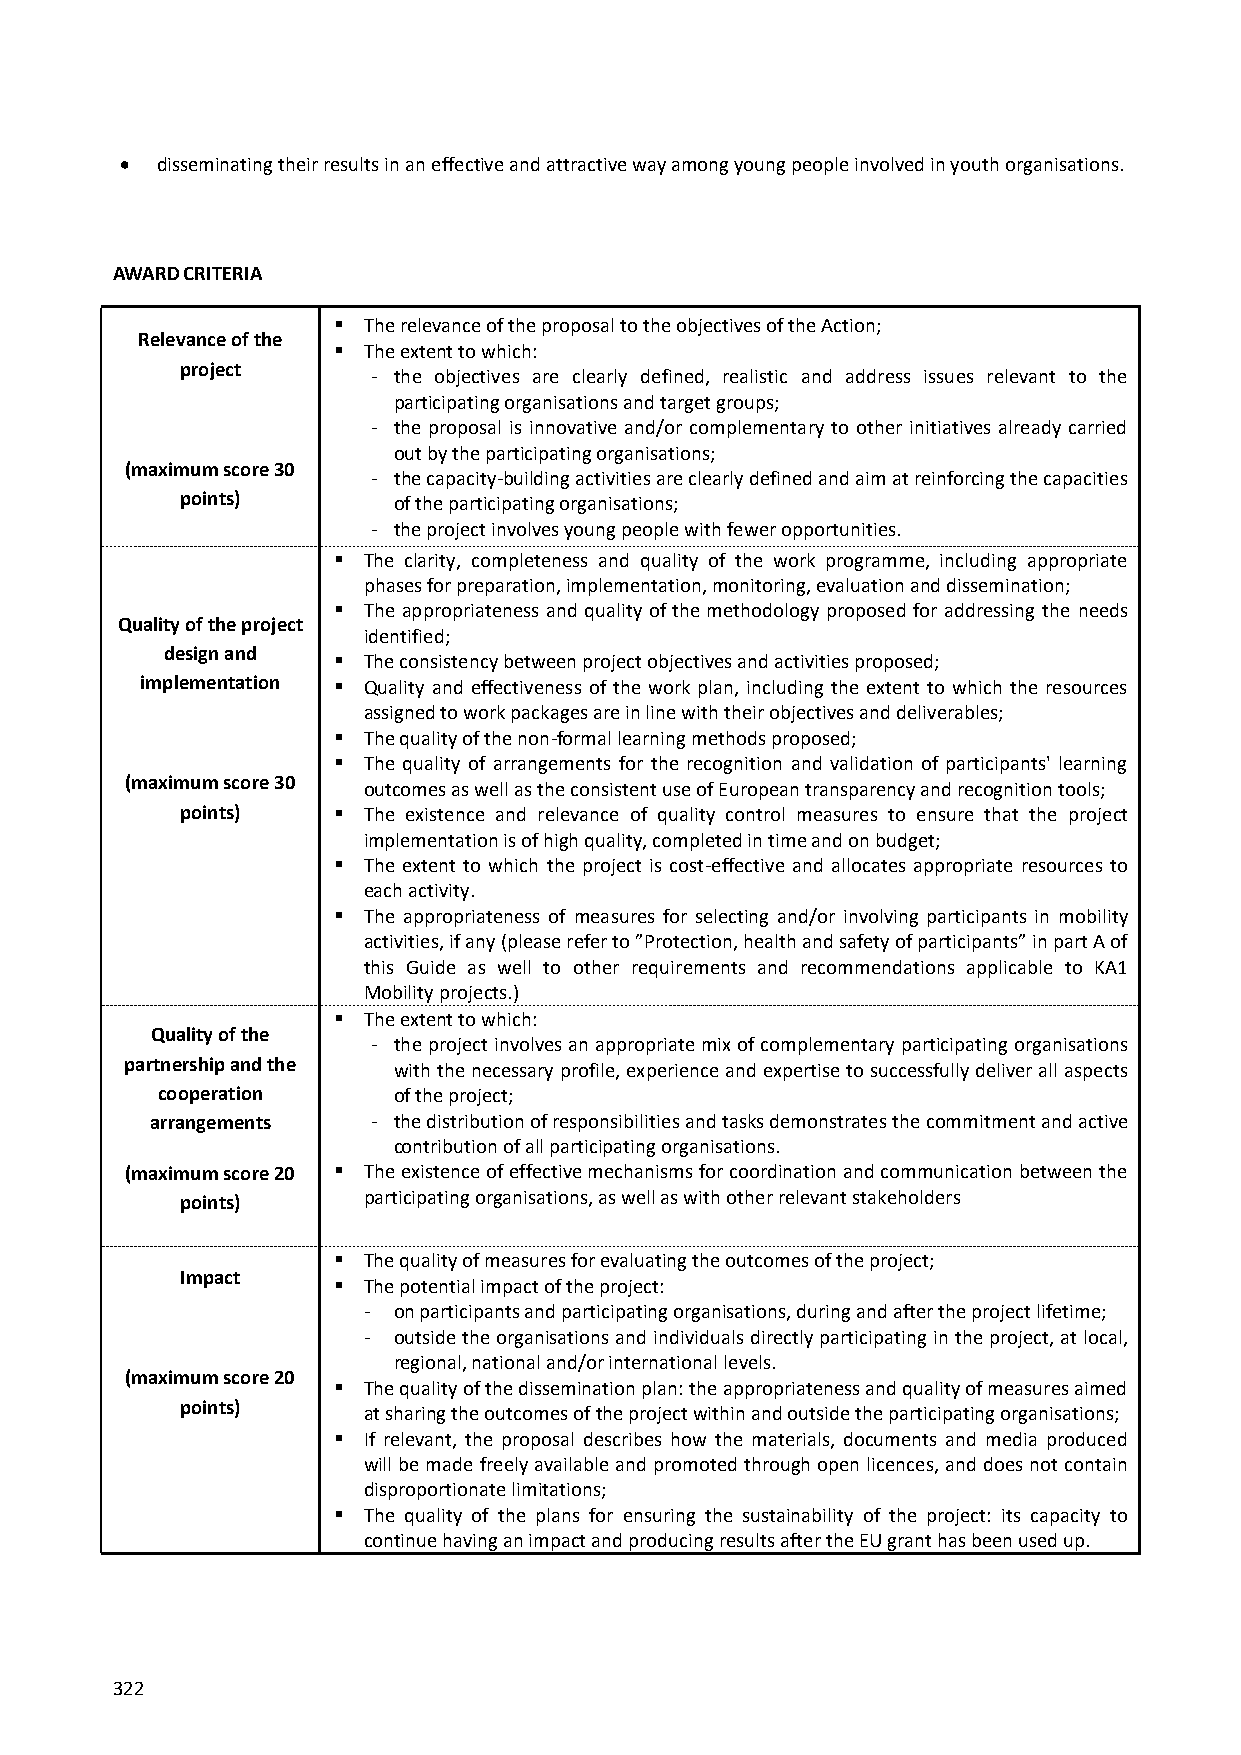
 disseminating their results in an effective and attractive way among young people involved in youth organisations.
 AWARD CRITERIA
  The relevance of the proposal to the objectives of the Action;
 Relevance of the
  The extent to which:
 project
 - the objectives are clearly defined, realistic and address issues relevant to the
 participating organisations and target groups;
 - the proposal is innovative and/or complementary to other initiatives already carried
 out by the participating organisations;
 (maximum score 30
 - the capacity-building activities are clearly defined and aim at reinforcing the capacities
 points)       of the participating organisations;
 - the project involves young people with fewer opportunities.
  The clarity, completeness and quality of the work programme, including appropriate
 phases for preparation, implementation, monitoring, evaluation and dissemination;
  The appropriateness and quality of the methodology proposed for addressing the needs
 Quality of the project
 identified;
 design and
  The consistency between project objectives and activities proposed;
 implementation  Quality and effectiveness of the work plan, including the extent to which the resources
 assigned to work packages are in line with their objectives and deliverables;
  The quality of the non-formal learning methods proposed;
  The quality of arrangements for the recognition and validation of participants' learning
 (maximum score 30 outcomes as well as the consistent use of European transparency and recognition tools;
 points)    The existence and relevance of quality control measures to ensure that the project
 implementation is of high quality, completed in time and on budget;
  The extent to which the project is cost-effective and allocates appropriate resources to
 each activity.
  The appropriateness of measures for selecting and/or involving participants in mobility
 activities, if any (please refer to ”Protection, health and safety of participants” in part A of
 this Guide as well to other requirements and recommendations applicable to KA1
 Mobility projects.)
  The extent to which:
 Quality of the
 - the project involves an appropriate mix of complementary participating organisations
 partnership and the with the necessary profile, experience and expertise to successfully deliver all aspects
 cooperation     of the project;
 arrangements   - the distribution of responsibilities and tasks demonstrates the commitment and active
 contribution of all participating organisations.
 (maximum score 20  The existence of effective mechanisms for coordination and communication between the
 points)     participating organisations, as well as with other relevant stakeholders
  The quality of measures for evaluating the outcomes of the project;
 Impact
  The potential impact of the project:
 - on participants and participating organisations, during and after the project lifetime;
 - outside the organisations and individuals directly participating in the project, at local,
 regional, national and/or international levels.
 (maximum score 20
  The quality of the dissemination plan: the appropriateness and quality of measures aimed
 points)     at sharing the outcomes of the project within and outside the participating organisations;
  If relevant, the proposal describes how the materials, documents and media produced
 will be made freely available and promoted through open licences, and does not contain
 disproportionate limitations;
  The quality of the plans for ensuring the sustainability of the project: its capacity to
 continue having an impact and producing results after the EU grant has been used up.
 322